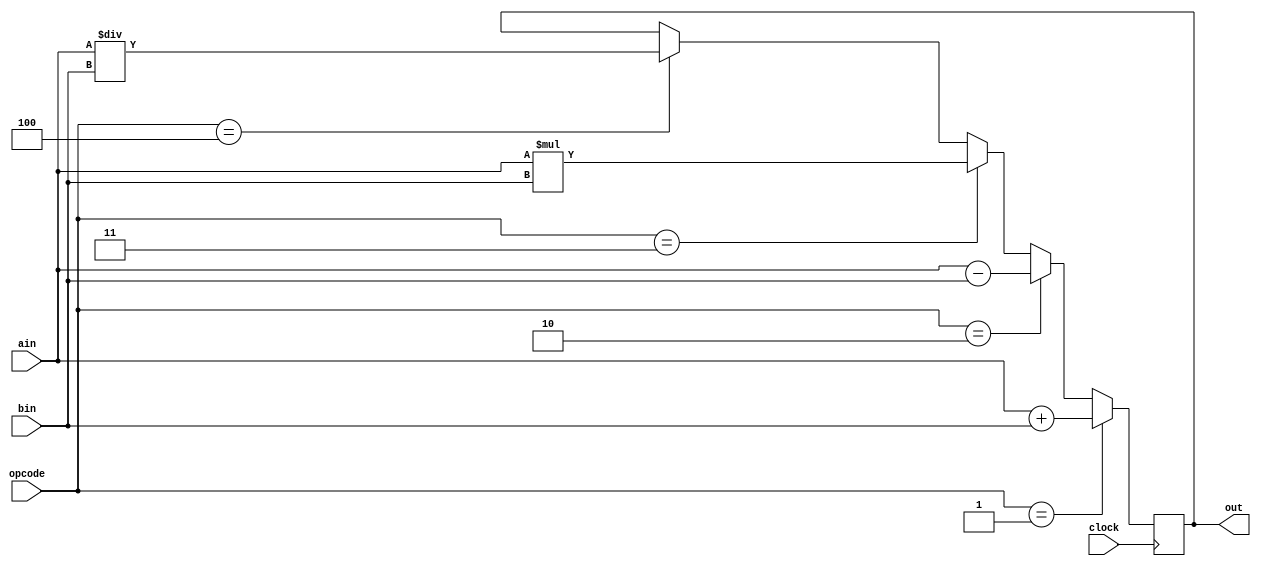
module add_subtract(
clock,
opcode,
ain,
bin,
out
);

input clock;
input [3:0] opcode;
input [3:0] ain, bin;

output [3:0] out;

wire clock;
wire [3:0] opcode, ain, bin;

reg [3:0] out;

always @ (posedge clock) begin
	if (opcode == 4'b0001) begin
		out <= ain + bin;
	end else if (opcode == 4'b0010) begin
		out <= ain - bin;
	end else if (opcode == 4'b0011) begin
		out <= ain * bin;
	end else if (opcode == 4'b0100) begin
		out <= ain / bin;
	end
end

endmodule